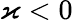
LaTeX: \varkappa<0